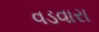
વડવારા